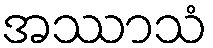
အဿာသံ